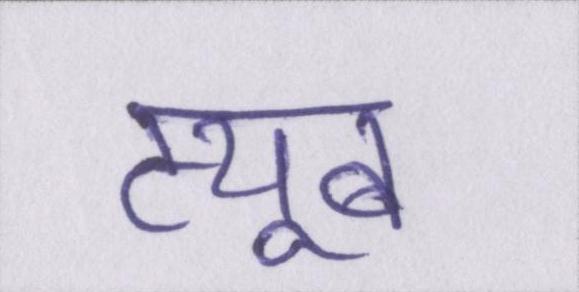
ट्यूब